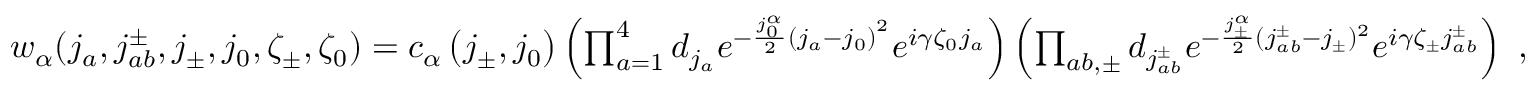
\begin{array} { r } { w _ { \alpha } ( j _ { a } , j _ { a b } ^ { \pm } , j _ { \pm } , j _ { 0 } , \zeta _ { \pm } , \zeta _ { 0 } ) = c _ { \alpha } \left( j _ { \pm } , j _ { 0 } \right) \left( \prod _ { a = 1 } ^ { 4 } d _ { j _ { a } } e ^ { - \frac { j _ { 0 } ^ { \alpha } } { 2 } { ( j _ { a } - j _ { 0 } ) } ^ { 2 } } e ^ { i \gamma \zeta _ { 0 } j _ { a } } \right) \left( \prod _ { a b , \pm } d _ { j _ { a b } ^ { \pm } } e ^ { - \frac { j _ { \pm } ^ { \alpha } } { 2 } ( j _ { a b } ^ { \pm } - j _ { \pm } ) ^ { 2 } } e ^ { i \gamma \zeta _ { \pm } j _ { a b } ^ { \pm } } \right) \ , } \end{array}